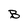
Character: B